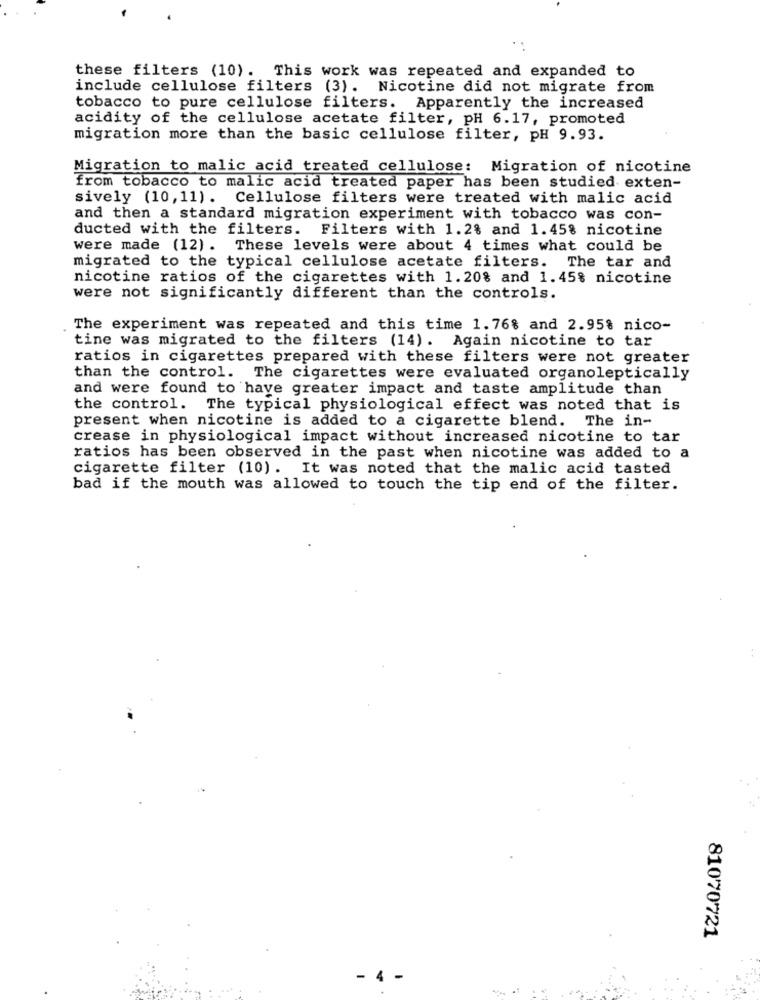
these filters (10). This work was repeated and expanded to
include cellulose filters (3). Nicotine did not migrate from
tobacco to pure cellulose filters. Apparently the increased
acidity of the cellulose acetate filter, pH 6.17, promoted
migration more than the basic cellulose filter, pH 9.93.
Migration to malic acid treated cellulose: Migration of nicotine
from tobacco to malic acid treated paper has been studied exten-
sively (10, 11). Cellulose filters were treated with malic acid
and then a standard migration experiment with tobacco was con-
ducted with the filters. Filters with 1.2% and 1.45% nicotine
were made (12). These levels were about 4 times what could be
migrated to the typical cellulose acetate filters. The tar and
nicotine ratios of the cigarettes with 1.20% and 1.45% nicotine
were not significantly different than the controls.
The experiment was repeated and this time 1.76% and 2.95% nico-
tine was migrated to the filters (14). Again nicotine to tar
ratios in cigarettes prepared with these filters were not greater
than the control. The cigarettes were evaluated organoleptically
and were found to have greater impact and taste amplitude than
the control. The typical physiological effect was noted that is
present when nicotine is added to a cigarette blend. The in-
crease in physiological impact without increased nicotine to tar
ratios has been observed in the past when nicotine was added to a
cigarette filter (10). It was noted that the malic acid tasted
bad if the mouth was allowed to touch the tip end of the filter.
81070721
- 4 -